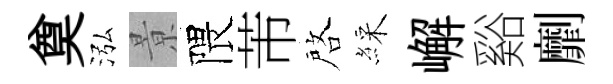
奠泓㬌隈芾啓綵嶰谿劘